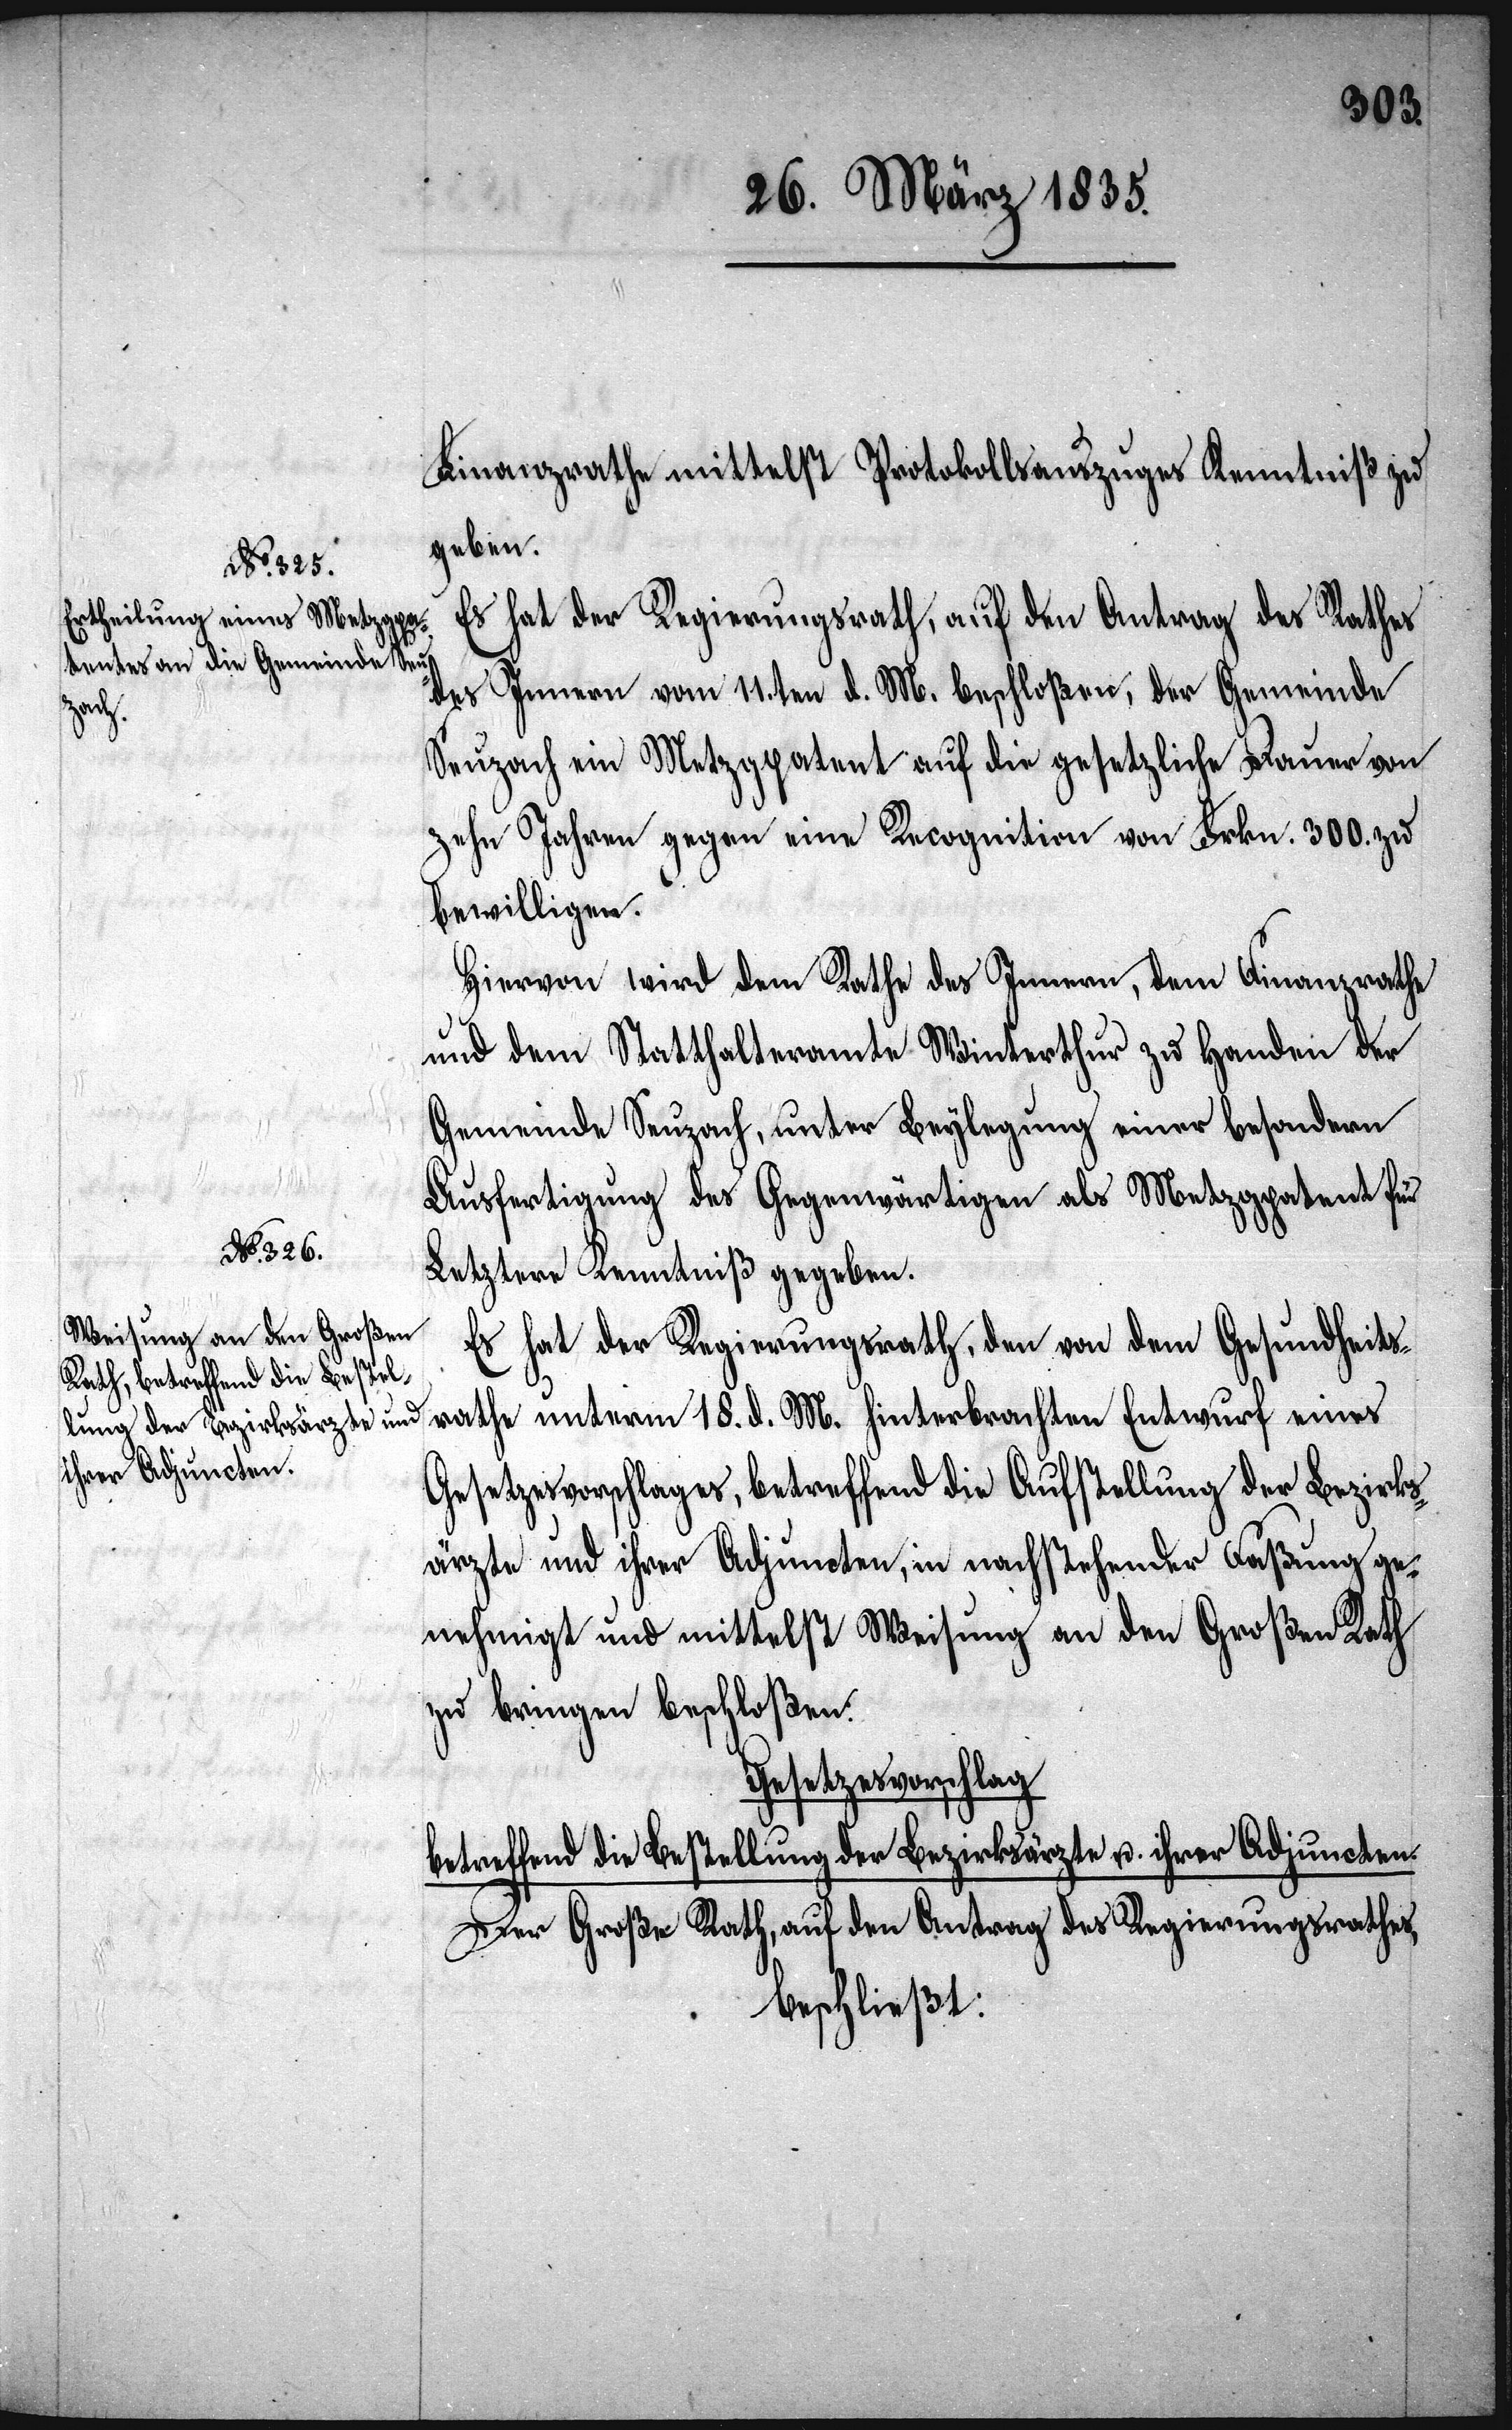
Finanzrathe mittelst Protokollsauszuges Kenntniß zu
geben.
Es hat der Regierungsrath, auf den Antrag des Rathes
des Innern vom 11.ten d. M. beschloßen, der Gemeinde
Seuzach ein Metzgpatent auf die gesetzliche Dauer von
zehn Jahren gegen eine Recognition von Frkn. 300. zu
bewilligen.
Hiervon wird dem Rathe des Innern, dem Finanzrathe
und dem Statthalteramte Winterthur zu Handen der
Gemeinde Seuzach, unter Beylegung einer besondern
Ausfertigung des Gegenwärtigen als Metzgpatent für
Letztere Kenntniß gegeben.
Es hat der Regierungsrath, den von dem Gesundheits¬
rathe unterm 18. d. M. hinterbrachten Entwurf eines
Gesetzesvorschlages, betreffend die Aufstellung der Bezirks¬
ärzte und ihrer Adjuncten, in nachstehender Faßung ge¬
nehmigt und mittelst Weisung an den Großen Rath
zu bringen beschloßen:
Gesetzesvorschlag
betreffend die Bestellung der Bezirksärzte u. ihrer Adjuncten.
Der Große Rath, auf den Antrag des Regierungsrathes,
beschließt: